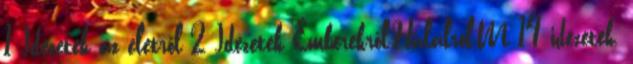
1 Idézetek az életről 2 Idézetek Emberekről,Halálról,M 14 idézetek,